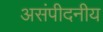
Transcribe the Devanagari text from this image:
असंपीदनीय